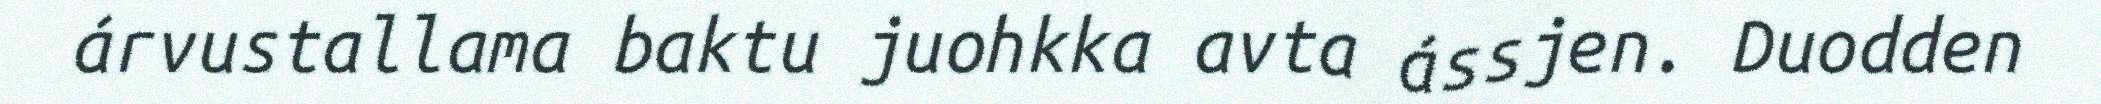
árvustallama baktu juohkka avta ássjen. Duodden